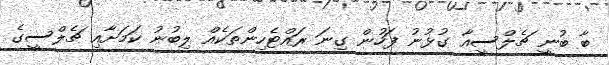
ބާ ބުނީ ޗެލްސީއާ ގުޅުނު ފަހުން ގިނަ ރައްޓެހިންތަކެއް ލިބުނު ކަމަށާއި ޗެލްސީގެ